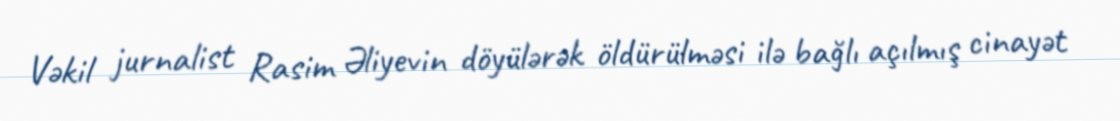
Vəkil jurnalist Rasim Əliyevin döyülərək öldürülməsi ilə bağlı açılmış cinayət